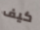
كيف